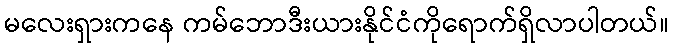
မလေးရှားကနေ ကမ်ဘောဒီးယားနိုင်ငံကိုရောက်ရှိလာပါတယ်။